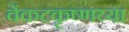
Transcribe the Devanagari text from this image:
वेंकटकृष्णय्या